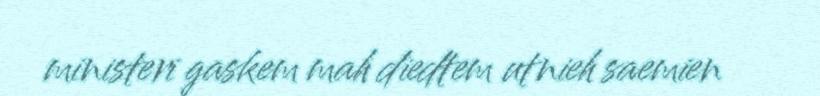
ministeri gaskem mah diedtem utnieh saemien